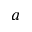
a